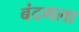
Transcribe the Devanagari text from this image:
बंदगला